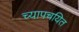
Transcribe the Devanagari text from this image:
च्यापचयित